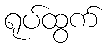
ရုပ်ထွက်